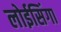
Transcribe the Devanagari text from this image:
लोईसिंगा